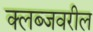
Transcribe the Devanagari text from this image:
क्लब्जवरील